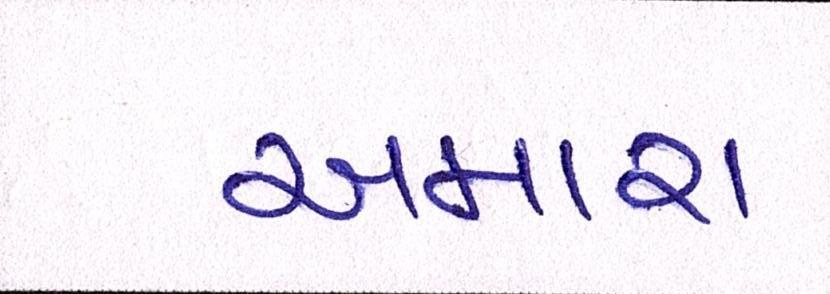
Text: અમારા